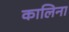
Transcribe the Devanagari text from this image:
कालिना